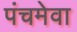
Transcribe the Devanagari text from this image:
पंचमेवा